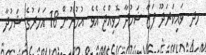
ހދ. ވައިކަރަދޫ ފަޒާ ޝަހުދާ ހޮވިއްޖެ އެވެ. އުމުރުން 18 އަހަރުގެ ޝަހުދާ